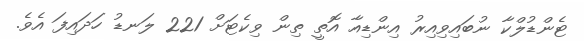
ޓެންޑުލްކާ ނުބައިވިއިރު އިންޑިއާ އޮތީ ތިން ވިކެޓަށް 221 ލަނޑު ހަދައިފަ އެވެ.